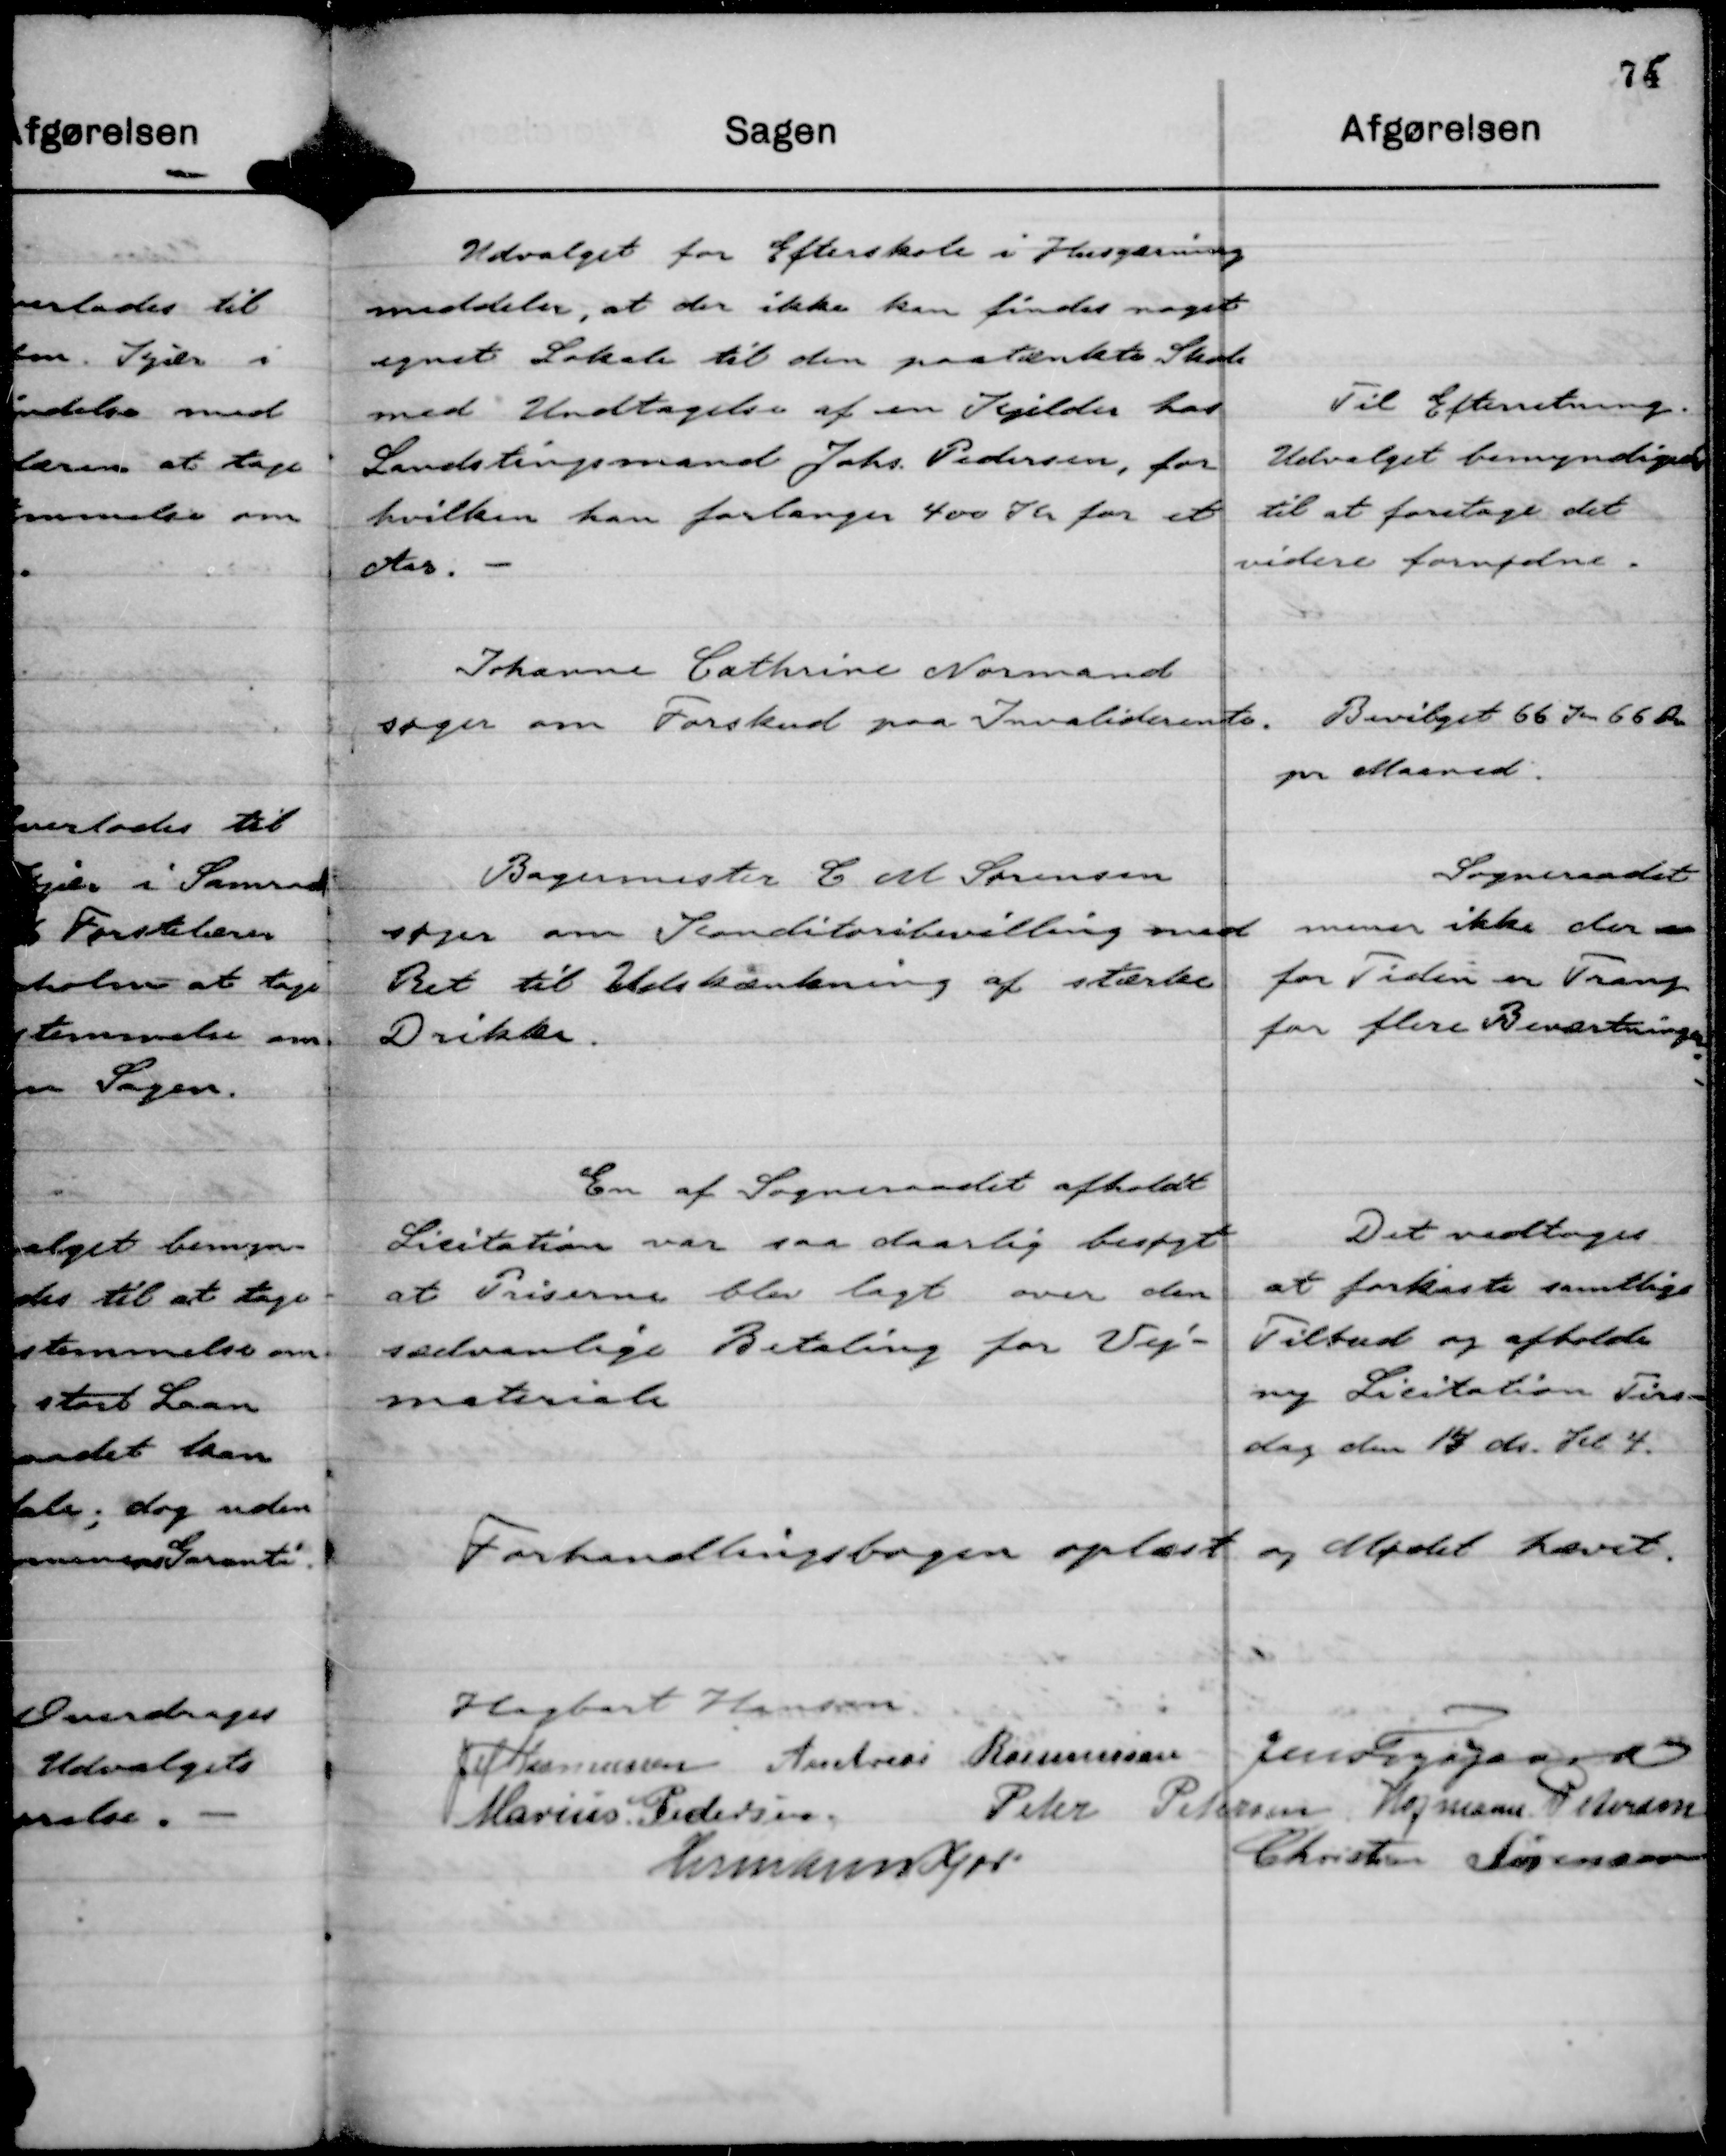
Transskription:
Udvalget for Efterskole i Husgærning
meddeler, at der ikke kan findes noget
egnet Lokale til den paatænkte Skole
med Undtagelse af en Kjelder hos
Landstingsmand Johs. Pedersen, for
hvilken han forlanger 400 Kr for et
Aar.

Til Efterretning.
Udvalget bemyndigedes
til at foretage det
videre fornødne.

Johanne Cathrine Normand
søger om Forskud paa Invaliderente.

Bevilget 66 Kr 66 Øre
pr Maaned.

Bagermester C M Sørensen
søger om Konditoribevilling med
Ret til Udskænkning af stærke
Drikke.

Sogneraadet
mener ikke der er
for Tiden er Trang
for flere Beværtninger.

En af Sogneraadet afholdt
Licitation var saa daarlig besøgt
at Priserne blev lagt over den
sædvanlige Betaling for Vej-
materiale

Det vedtoges
at forkaste samtlige
Tilbud og afholde
ny Licitation Tirs-
dag den 14 ds. Kl 4.

Forhandlingsbogen oplæst og Mødet hævet.
Hagbart Hansen
JM Rasmussen
Andreas Rasmussen
Jens Fogsgaard
Marius Pedersen.
Peter Petersen
Hofmann Petersen
Hermann Kjær
Christian Sørensen